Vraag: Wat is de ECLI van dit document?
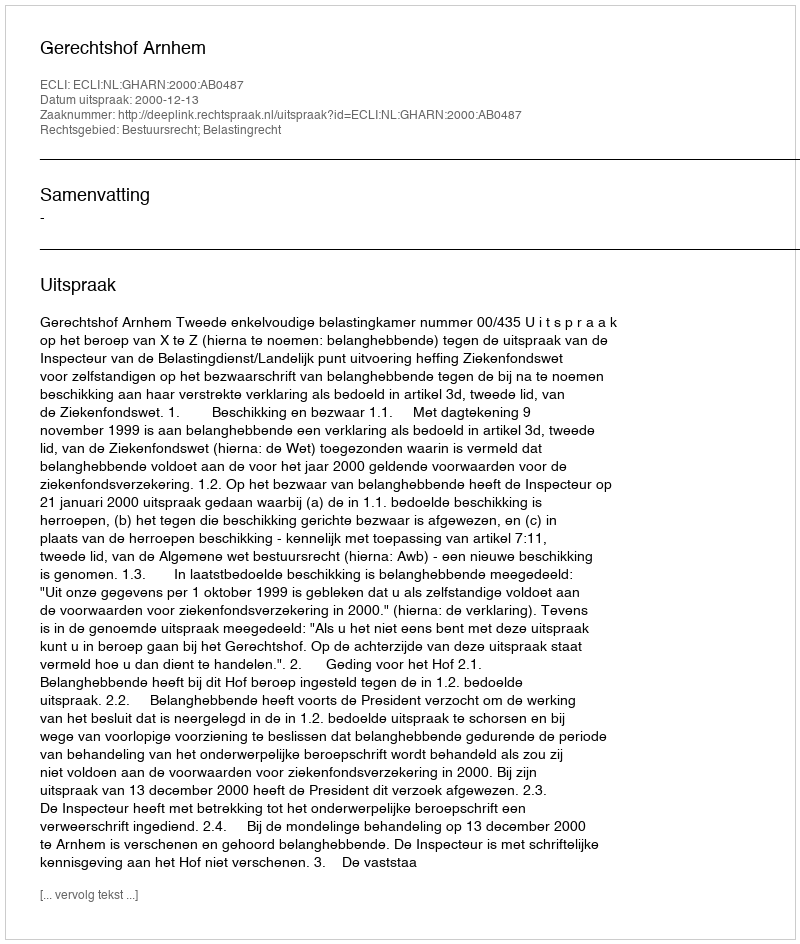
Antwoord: ECLI:NL:GHARN:2000:AB0487